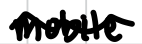
Text: mobile.
Cross-out: mix
Writing tool: digital_black